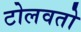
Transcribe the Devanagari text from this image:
टोलवतो